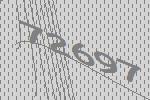
72697